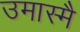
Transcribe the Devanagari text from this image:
उमास्मै